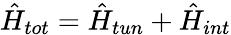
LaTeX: \hat{H}_{tot}=\hat{H}_{tun}+\hat{H}_{int}